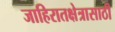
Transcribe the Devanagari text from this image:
जाहिरातक्षेत्रासाठी